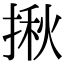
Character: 揪